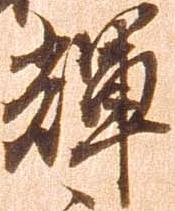
輝